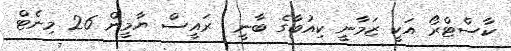
ކާސްޓްރޯ އަކީ ޒަމާނީ ކިއުބާގެ ބާނީ  ރައީސް ޔާމީން 26 މިނެޓް